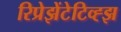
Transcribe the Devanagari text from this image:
रिप्रेझेंटेटिव्ह्झ